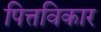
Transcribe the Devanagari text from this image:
पित्तविकार